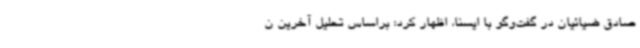
صادق ضیائیان در گفت‌وگو با ایسنا، اظهار کرد: براساس تحلیل آخرین ن